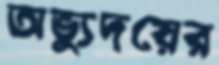
অভ্যুদয়ের